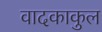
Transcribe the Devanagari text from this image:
वादकाकुल